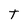
Character: T